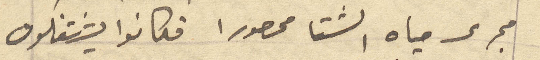
مجرى مياه الشتا محصورا فكانوا يشتغلون